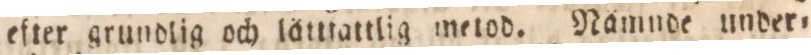
efter grundlig och lättfattlig metod. Nåmnde under=